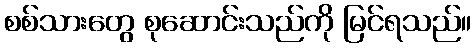
စစ်သားတွေ စုဆောင်းသည်ကို မြင်ရသည်။